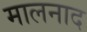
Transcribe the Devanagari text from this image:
मालनाद